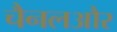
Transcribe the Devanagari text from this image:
चैनलऔर